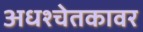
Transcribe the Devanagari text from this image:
अधश्चेतकावर